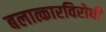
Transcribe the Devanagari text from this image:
बलात्कारविरोधी